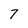
Character: 7